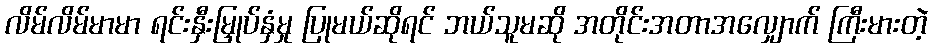
လိမ်လိမ်မာမာ ရင်းနှီးမြှုပ်နှံမှု ပြုမယ်ဆိုရင် ဘယ်သူမဆို အတိုင်းအတာအလျှောက် ကြီးမားတဲ့